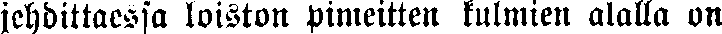
jehdittaessa loiston pimeitten kulmien alalla on